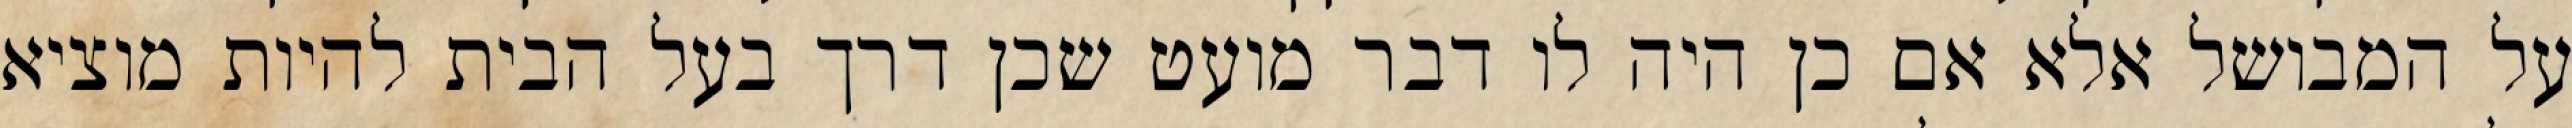
על המבושל אלא אם כן היה לו דבר מועט שכן דרך בעל הבית להיות מוציא